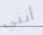
أنني